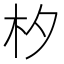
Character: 𣏐